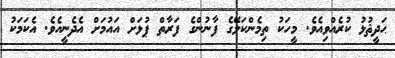
ޙަދީޘުުޅު ކުރެއްވިއެވެ. މީހަކު ތިމެންކަލޭގެ ފާނުންގެ ފަރާތް ޕުޅަށް އައުމަށް އެދެނީއެވެ. އެކަމަކު